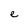
Character: e